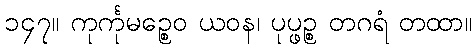
၁၄၇။ ကုင်္ကုမဉ္စေဝ ယဝန၊ ပုပ္ဖဉ္စ တဂရံ တထာ။